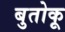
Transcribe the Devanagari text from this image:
बुतोकू